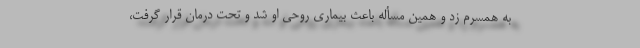
به همسرم زد و همین مسأله باعث بیماری روحی او شد و تحت درمان قرار گرفت،